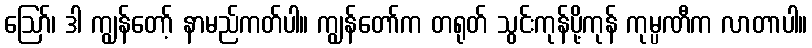
ဪ၊ ဒါ ကျွန်တော့် နာမည်ကတ်ပါ။ ကျွန်တော်က တရုတ် သွင်းကုန်ပို့ကုန် ကုမ္ပဏီက လာတာပါ။